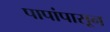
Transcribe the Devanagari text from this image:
पापांपासून